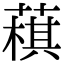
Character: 𦻊